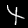
Digit: 4